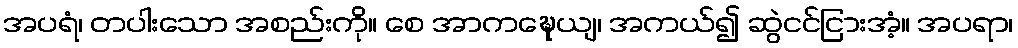
အပရံ၊ တပါးသော အစည်းကို။ စေ အာကဍ္ဎေယျ၊ အကယ်၍ ဆွဲငင်ငြားအံ့။ အပရာ၊